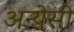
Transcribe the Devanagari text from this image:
अन्येसी